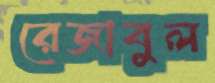
রেজাবুল